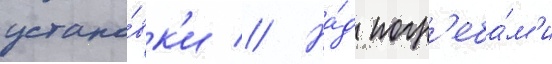
устано́вк'и // На́д погр'еба́м'и